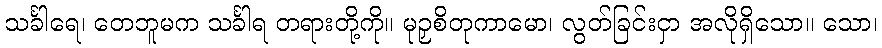
သင်္ခါရေ၊ တေဘူမက သင်္ခါရ တရားတို့ကို။ မုဉှစိတုကာမော၊ လွတ်ခြင်းငှာ အလိုရှိသော။ သော၊